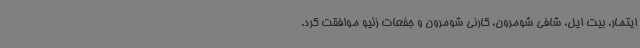
ایتمار، بیت ایل، شافی شومرون، کارنی شومرون و جفعات زئیو موافقت کرد.